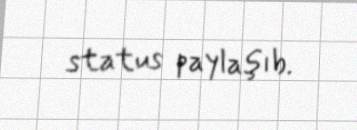
status paylaşıb.